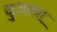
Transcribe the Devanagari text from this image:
छुआना